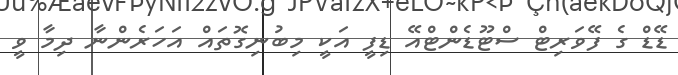
ޑޭޑް ގެ ފޭވަރިޓް ސްޓޫޑެންޓްއޭ ޑިފީ އަކީ މިބުނިގޮތައް އަހަރެންނާ ދިމާ ވީ